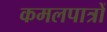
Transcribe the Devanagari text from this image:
कमलपात्रों